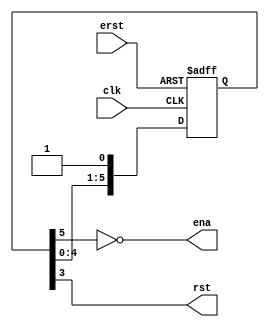
`timescale 1ns/100ps

module rst_synch(clk, erst, rst, ena);
    /* Parameter declaration */
    parameter RSTSIZE = 4;
    parameter ENASIZE = 2;
    /* Control line input declaration */
    input clk;
    input erst;
    /* Control line output declaration */
    output rst;
    output ena;

    reg [RSTSIZE+ENASIZE-1:0] buff = {(RSTSIZE+ENASIZE){1'd0}};

    assign rst = buff[RSTSIZE-1];
    assign ena = ~buff[RSTSIZE+ENASIZE-1];

    always @ (posedge clk or negedge erst) begin
        if (!erst)
            buff <= {(RSTSIZE+ENASIZE){1'd0}};
        else begin
            buff[RSTSIZE+ENASIZE-1:1] <= buff[RSTSIZE+ENASIZE-2:0];
            buff[0] <= 1'd1;
        end
    end

endmodule